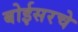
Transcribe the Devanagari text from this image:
बोईसरचे